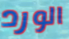
الورد